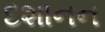
દશાનન